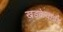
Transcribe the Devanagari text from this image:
खडकेवाडी